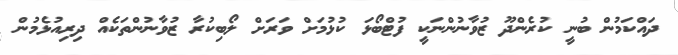
ދައްކަމުން ބުނީ ކުރެންދޫ ޒުވާނުންނަކީ ފުޓްބޯޅަ ކުޅުމަށް ވަރަށް ލޯބިކުރާ ޒުވާނުންތަކެއް ދިރިއުޅެމުން